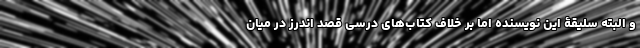
و البته سلیقۀ این نویسنده اما بر خلاف کتاب‌های درسی قصد اندرز در میان